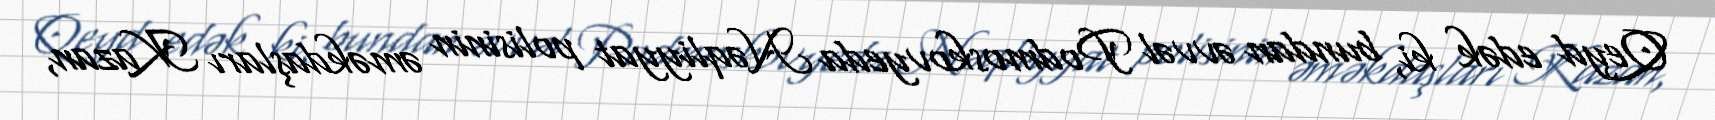
Qeyd edək ki, bundan əvvəl Podmoskovyeda Nəqliyyat polisinin əməkdaşları Kazan,